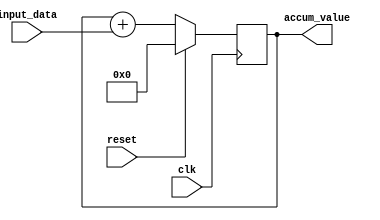
module simple_accumulator (
    input wire clk,
    input wire reset,
    input wire [7:0] input_data,
    output reg [15:0] accum_value
);

reg [15:0] accumulator;
reg [7:0] adder_input;

always @(posedge clk) begin
    if (reset) begin
        accumulator <= 16'b0;
    end else begin
        accumulator <= accumulator + adder_input;
    end
end

assign adder_input = input_data;
assign accum_value = accumulator;

endmodule